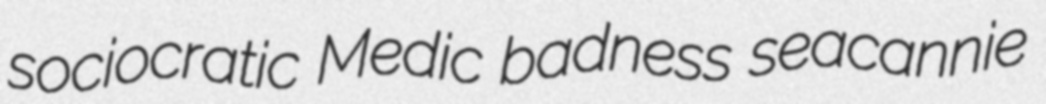
sociocratic Medic badness seacannie